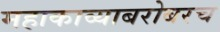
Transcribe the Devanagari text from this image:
महाकाव्याबरोबरच